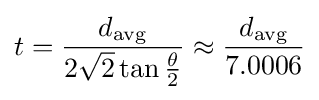
t={\frac {d_{\rm {avg}}}{2{\sqrt {2}}\tan {\frac {\theta }{2}}}}\approx {\frac {d_{\rm {avg}}}{7.0006}}